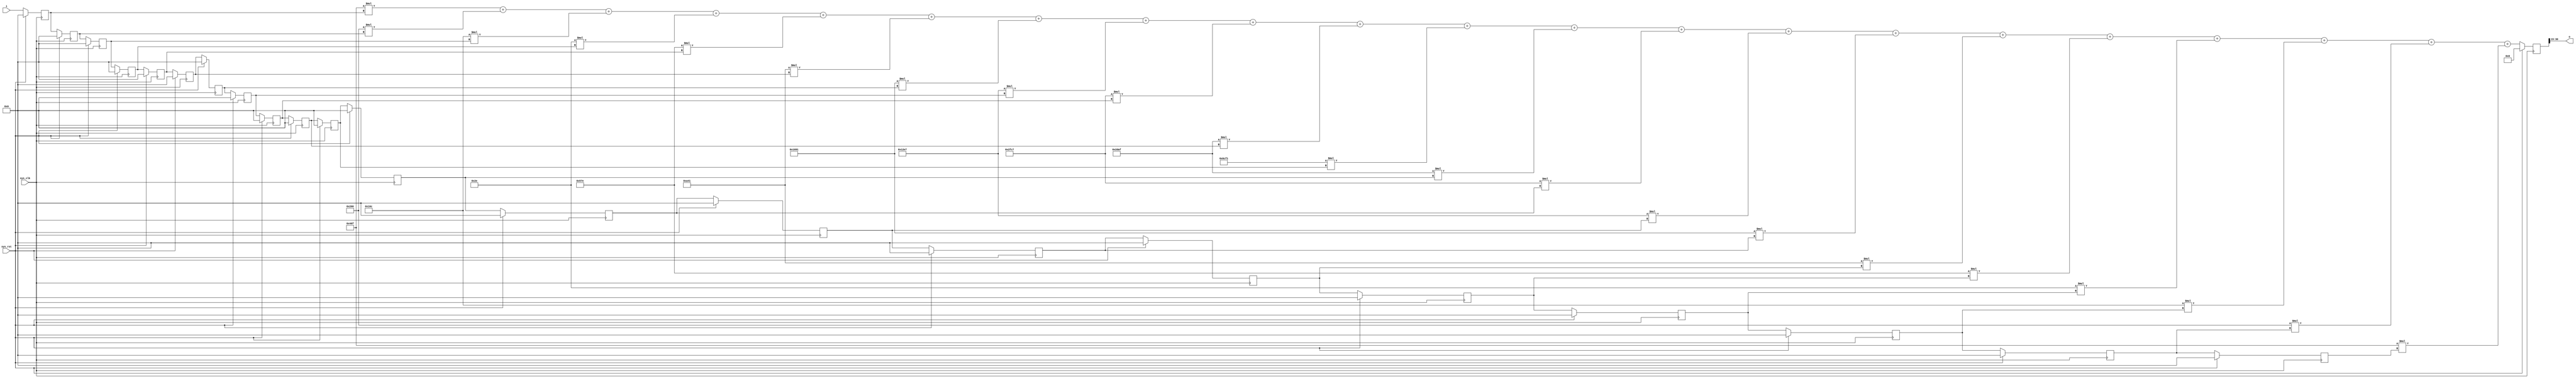
/* Machine-generated using Migen */
module filter(
	input signed [15:0] i,
	output signed [15:0] o,
	input sys_clk,
	input sys_rst
);

reg signed [15:0] sreg0 = 16'sd0;
reg signed [15:0] sreg1 = 16'sd0;
reg signed [15:0] sreg2 = 16'sd0;
reg signed [15:0] sreg3 = 16'sd0;
reg signed [15:0] sreg4 = 16'sd0;
reg signed [15:0] sreg5 = 16'sd0;
reg signed [15:0] sreg6 = 16'sd0;
reg signed [15:0] sreg7 = 16'sd0;
reg signed [15:0] sreg8 = 16'sd0;
reg signed [15:0] sreg9 = 16'sd0;
reg signed [15:0] sreg10 = 16'sd0;
reg signed [15:0] sreg11 = 16'sd0;
reg signed [15:0] sreg12 = 16'sd0;
reg signed [15:0] sreg13 = 16'sd0;
reg signed [15:0] sreg14 = 16'sd0;
reg signed [15:0] sreg15 = 16'sd0;
reg signed [15:0] sreg16 = 16'sd0;
reg signed [15:0] sreg17 = 16'sd0;
reg signed [15:0] sreg18 = 16'sd0;
reg signed [15:0] sreg19 = 16'sd0;
reg signed [15:0] sreg20 = 16'sd0;
reg signed [35:0] sum_full = 36'sd0;
wire signed [31:0] sum_accu;
wire signed [35:0] sig_i_q0;
wire signed [31:0] sig_o0;
wire signed [31:0] sig_i_q1;
wire signed [15:0] sig_o1;

// synthesis translate_off
reg dummy_s;
initial dummy_s <= 1'd0;
// synthesis translate_on

assign sig_i_q0 = (sum_full <<< 1'd0);
assign sig_o0 = sig_i_q0;
assign sum_accu = sig_o0;
assign sig_i_q1 = (sum_accu >>> 4'd15);
assign sig_o1 = sig_i_q1;
assign o = sig_o1;

always @(posedge sys_clk) begin
	sreg0 <= i;
	sreg1 <= sreg0;
	sreg2 <= sreg1;
	sreg3 <= sreg2;
	sreg4 <= sreg3;
	sreg5 <= sreg4;
	sreg6 <= sreg5;
	sreg7 <= sreg6;
	sreg8 <= sreg7;
	sreg9 <= sreg8;
	sreg10 <= sreg9;
	sreg11 <= sreg10;
	sreg12 <= sreg11;
	sreg13 <= sreg12;
	sreg14 <= sreg13;
	sreg15 <= sreg14;
	sreg16 <= sreg15;
	sreg17 <= sreg16;
	sreg18 <= sreg17;
	sreg19 <= sreg18;
	sreg20 <= sreg19;
	sum_full <= ((((((((((((((((((((($signed({1'd0, 11'd1135}) * sreg0) + ($signed({1'd0, 10'd512}) * sreg1)) + ($signed({1'd0, 9'd364}) * sreg2)) + (6'sd46 * sreg3)) + (11'sd1406 * sreg4)) + (12'sd2625 * sreg5)) + (13'sd5777 * sreg6)) + (13'sd4839 * sreg7)) + (14'sd12231 * sreg8)) + (14'sd11695 * sreg9)) + ($signed({1'd0, 15'd27889}) * sreg10)) + (14'sd11695 * sreg11)) + (14'sd12231 * sreg12)) + (13'sd4839 * sreg13)) + (13'sd5777 * sreg14)) + (12'sd2625 * sreg15)) + (11'sd1406 * sreg16)) + (6'sd46 * sreg17)) + ($signed({1'd0, 9'd364}) * sreg18)) + ($signed({1'd0, 10'd512}) * sreg19)) + ($signed({1'd0, 11'd1135}) * sreg20));
	if (sys_rst) begin
		sreg0 <= 16'sd0;
		sreg1 <= 16'sd0;
		sreg2 <= 16'sd0;
		sreg3 <= 16'sd0;
		sreg4 <= 16'sd0;
		sreg5 <= 16'sd0;
		sreg6 <= 16'sd0;
		sreg7 <= 16'sd0;
		sreg8 <= 16'sd0;
		sreg9 <= 16'sd0;
		sreg10 <= 16'sd0;
		sreg11 <= 16'sd0;
		sreg12 <= 16'sd0;
		sreg13 <= 16'sd0;
		sreg14 <= 16'sd0;
		sreg15 <= 16'sd0;
		sreg16 <= 16'sd0;
		sreg17 <= 16'sd0;
		sreg18 <= 16'sd0;
		sreg19 <= 16'sd0;
		sreg20 <= 16'sd0;
		sum_full <= 36'sd0;
	end
end

endmodule